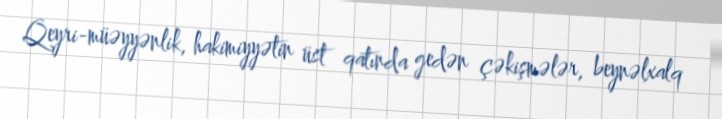
Qeyri-müəyyənlik, hakimiyyətin üst qatında gedən çəkişmələr, beynəlxalq